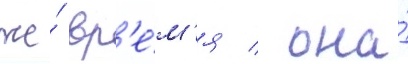
же́ вр'е́м'я / она́